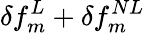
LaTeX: \delta f_{m}^{L}+\delta f_{m}^{NL}